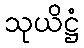
သုယိဋ္ဌံ